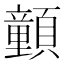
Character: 𩕉